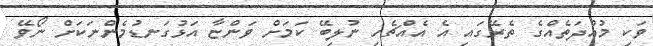
ވަކި މުއްދަތެއްގެ ތެރޭގައި އެ އެއްޗެހި ނުލިބޭ ކަމަށް ވަންޏާ އަޅުގަނޑުމެންނަކަށް ނޯވޭ